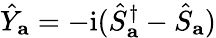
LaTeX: \hat{Y}_{\mathbf{a}}=-\mathrm{i}(\hat{S}_{\mathbf{a}}^{\dagger}-\hat{S}_{\mathbf{a}})